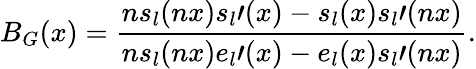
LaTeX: B_{G}(x)=\frac{ns_{l}(nx)s_{l}\prime(x)-s_{l}(x)s_{l}\prime(nx)}{ns_{l}(nx)e_{l}\prime(x)-e_{l}(x)s_{l}\prime(nx)}.